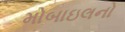
મોબાઇલનો